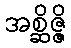
အစ္ဆိဇ္ဇိ